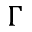
\Gamma